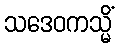
သဒေဝကသ္မိံ